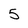
Character: 5